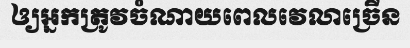
ឲ្យអ្នកត្រូវចំណាយពេលវេលាច្រើន